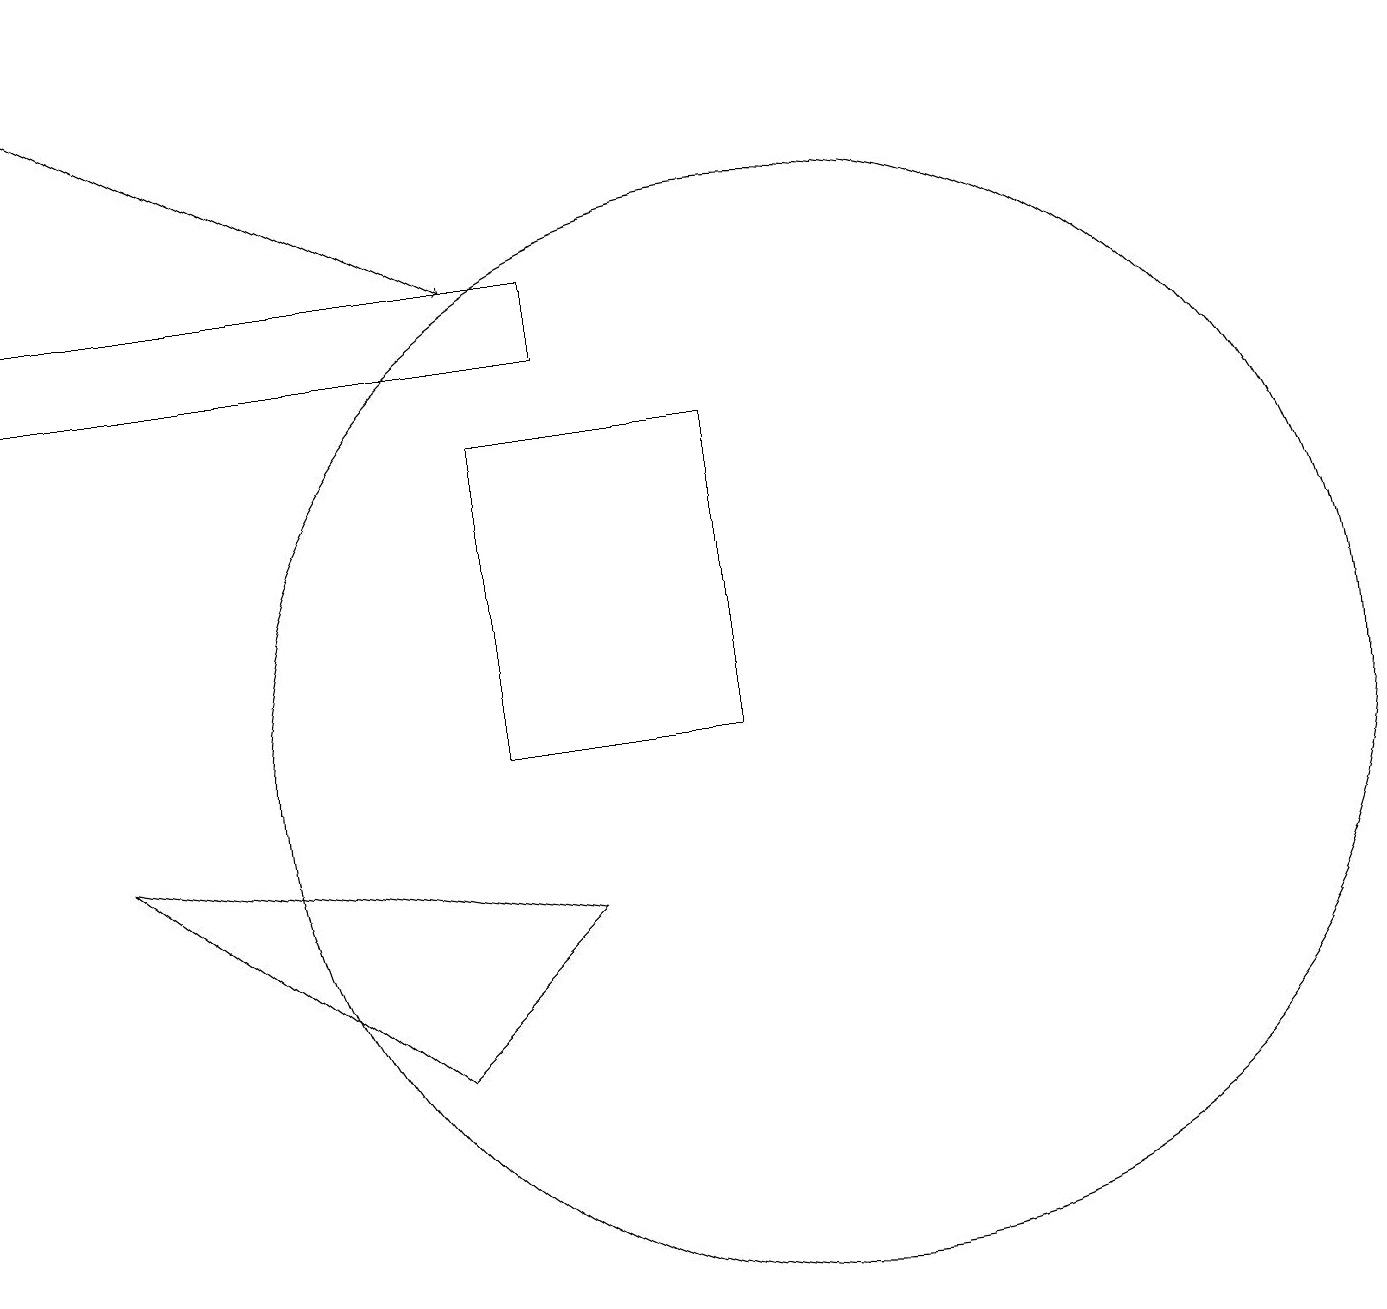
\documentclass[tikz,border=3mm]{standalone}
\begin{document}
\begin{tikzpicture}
\draw[->] (0,19) -- (6,16);
\draw (6,10) rectangle (9,14);
\draw (7,15) rectangle (0,16);
\draw (10,10) circle (7);
\draw (5,6) -- (7,8) -- (1,9) -- cycle;
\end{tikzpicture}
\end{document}